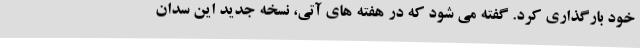
خود بارگذاری کرد. گفته می شود که در هفته های آتی، نسخه جدید این سدان